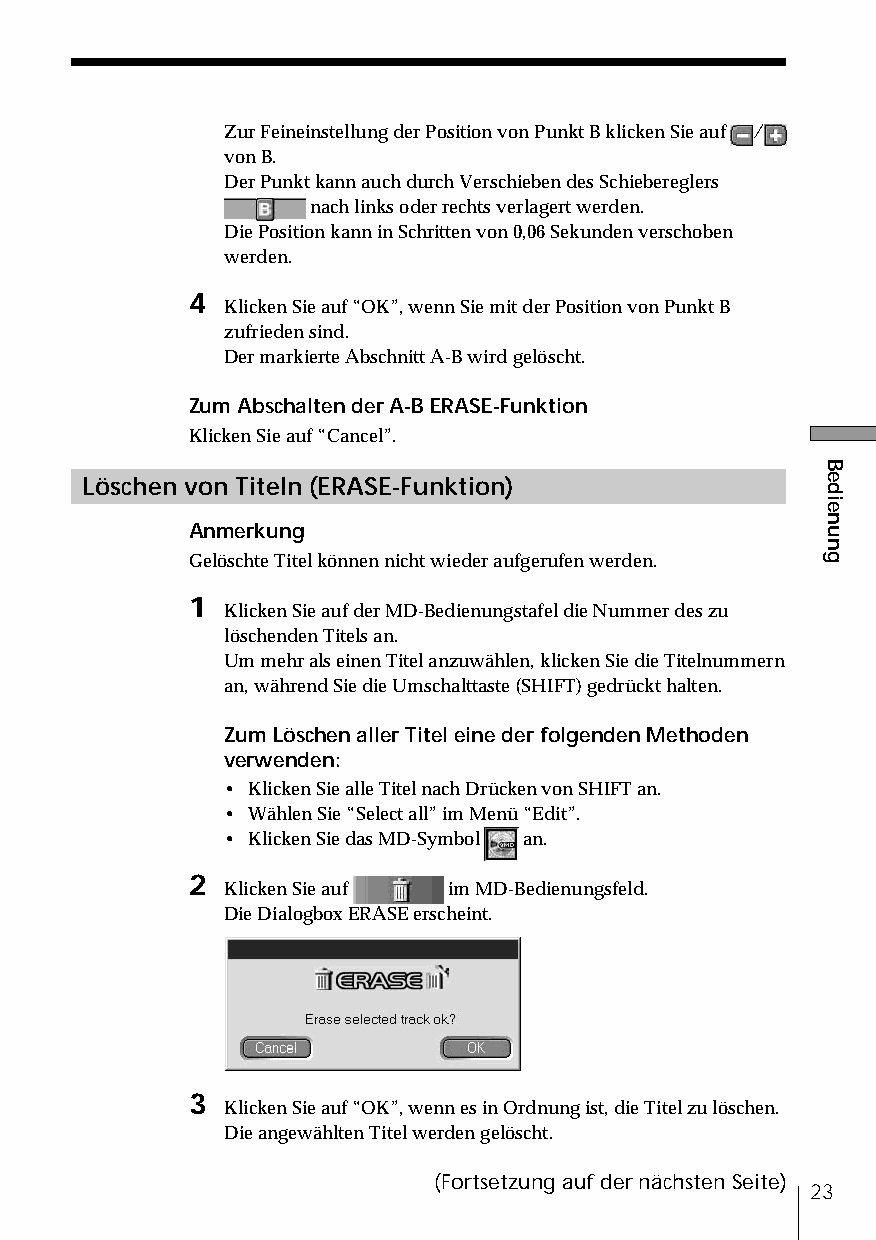
Zur Feineinstellung der Position von Punkt B klicken Sie auf /
 von B.
 Der Punkt kann auch durch Verschieben des Schiebereglers
 nach links oder rechts verlagert werden.
 Die Position kann in Schritten von 0,06 Sekunden verschoben
 werden.
 4
 Klicken Sie auf “OK”, wenn Sie mit der Position von Punkt B
 zufrieden sind.
 Der markierte Abschnitt A-B wird gelöscht.
 Zum Abschalten der A-B ERASE-Funktion
 Klicken Sie auf “Cancel”.
 Löschen von Titeln (ERASE-Funktion)
 Anmerkung
 Gelöschte Titel können nicht wieder aufgerufen werden.
 1
 Klicken Sie auf der MD-Bedienungstafel die Nummer des zu
 löschenden Titels an.
 Um mehr als einen Titel anzuwählen, klicken Sie die Titelnummern
 an, während Sie die Umschalttaste (SHIFT) gedrückt halten.
 Zum Löschen aller Titel eine der folgenden Methoden
 verwenden:
 • Klicken Sie alle Titel nach Drücken von SHIFT an.
 • Wählen Sie “Select all” im Menü “Edit”.
 • Klicken Sie das MD-Symbol an.
 2
 Klicken Sie auf im MD-Bedienungsfeld.
 Die Dialogbox ERASE erscheint.
 3
 Klicken Sie auf “OK”, wenn es in Ordnung ist, die Titel zu löschen.
 Die angewählten Titel werden gelöscht.
 (Fortsetzung auf der nächsten Seite)
 23
 Bedienung